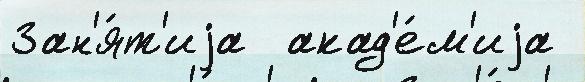
Зан'я́т'иjа  акад'е́м'иjа